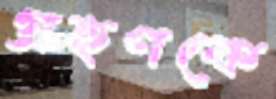
গ্রহণকে